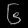
Digit: ၆